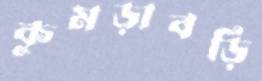
কুমড়াবড়ি